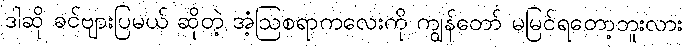
ဒါဆို ခင်ဗျားပြမယ် ဆိုတဲ့ အံ့ဩစရာကလေးကို ကျွန်တော် မမြင်ရတော့ဘူးလား